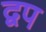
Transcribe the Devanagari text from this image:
द्वप